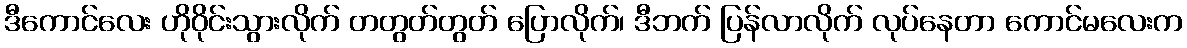
ဒီကောင်လေး ဟိုဝိုင်းသွားလိုက် တတွတ်တွတ် ပြောလိုက်၊ ဒီဘက် ပြန်လာလိုက် လုပ်နေတာ ကောင်မလေးက